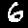
Digit: 6